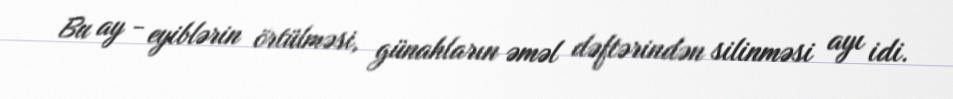
Bu ay - eyiblərin örtülməsi, günahların əməl dəftərindən silinməsi ayı idi.